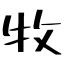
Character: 牧